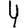
Digit: 4